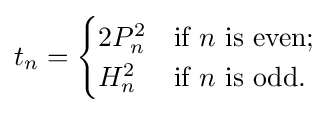
t_{n}={\begin{cases}2P_{n}^{2}&{\mbox{if }}n{\mbox{ is even}};\\H_{n}^{2}&{\mbox{if }}n{\mbox{ is odd.}}\end{cases}}